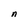
Character: n